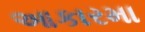
આકારમા